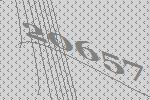
20657